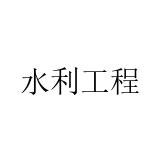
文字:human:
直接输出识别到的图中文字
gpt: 水利工程